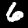
Digit: 6